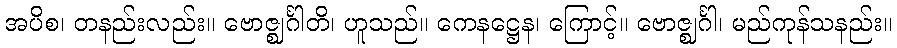
အပိစ၊ တနည်းလည်း။ ဗောဇ္ဈင်္ဂါတိ၊ ဟူသည်။ ကေနဋ္ဌေန၊ ကြောင့်။ ဗောဇ္ဈင်္ဂါ၊ မည်ကုန်သနည်း။